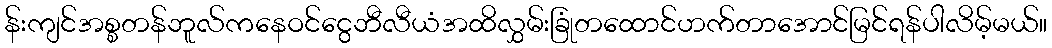
န်းကျင်အစ္စတန်ဘူလ်ကနေဝင်ငွေဘီလီယံအထိလွှမ်းခြုံတထောင်ဟက်တာအောင်မြင်ရန်ပါလိမ့်မယ်။